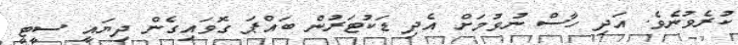
ކުރެވުނެވެ. އަދި ހާސް ނުވުމަށް އެދި ޑަކުޓަރުން ބައްޕަ ގޮވައިގެން ދިޔައީ ސީޓީ